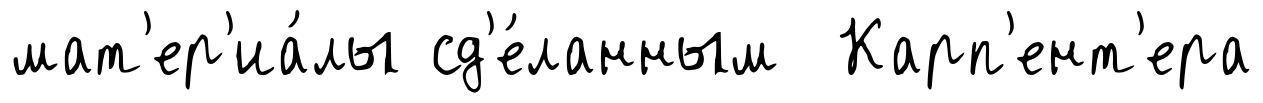
мат'ер'иа́лы сд'е́ланным Карп'ент'ера